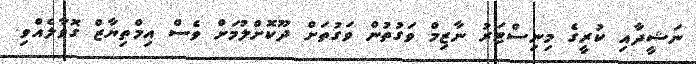
ނަޝީދާއި ކުރީގެ މިނިސްޓަރު ނާޒިމް ވަގުތުން ވަގުތަށް ދޫކޮށްލުމަށް ވެސް އިމްތިޔާޒް ގޮވާލެއްވި.